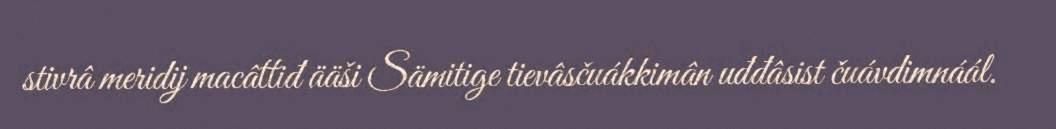
stivrâ meridij macâttiđ ääši Sämitige tievâsčuákkimân uđđâsist čuávdimnáál.